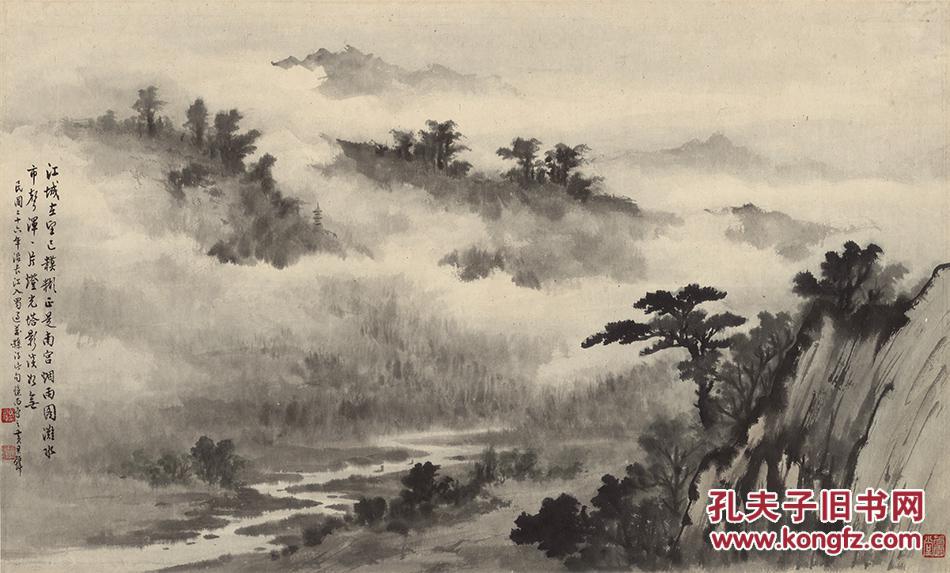
赠君明月满前溪，直到西湖畔。